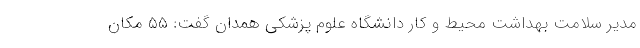
مدیر سلامت بهداشت محیط و کار دانشگاه علوم پزشکی همدان گفت: ۵۵ مکان